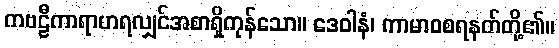
ကဗဠီကာရာဟရလျှင်အစာရှိကုန်သော။ ဒေဝါနံ၊ ကာမာဝစရနတ်တို့၏။